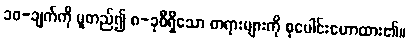
၁၀-ချက်ကို မူတည်၍ ၈-ခုစီရှိသော တရားများကို စုပေါင်းဟောထား၏။